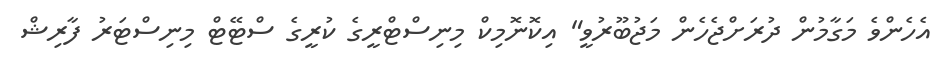
އެހެންވެ މަގާމުން ދުރަށްޖެހެން މަޖުބޫރުވީ" އިކޮނޮމިކް މިނިސްޓްރީގެ ކުރީގެ ސްޓޭޓް މިނިސްޓަރު ފާރިޝް